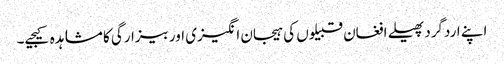
اپنے اردگرد پھیلے افغان قبیلوں کی ہیجان انگیزی اور بیزارگی کا مشاہدہ کیجیے۔